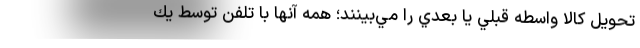
تحويل كالا واسطه قبلي يا بعدي را مي‌بينند؛ همه آنها با تلفن توسط يك